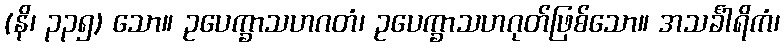
(နိ၊ ၃၃၅) သော။ ဥပေက္ခာသဟဂတံ၊ ဥပေက္ခာသဟဂုတ်ဖြစ်သော။ အသင်္ခါရိကံ၊